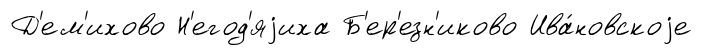
Д'ем'ихово Н'егод'яjиха Б'ер'езн'иково Ива́новскоjе